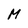
Character: M